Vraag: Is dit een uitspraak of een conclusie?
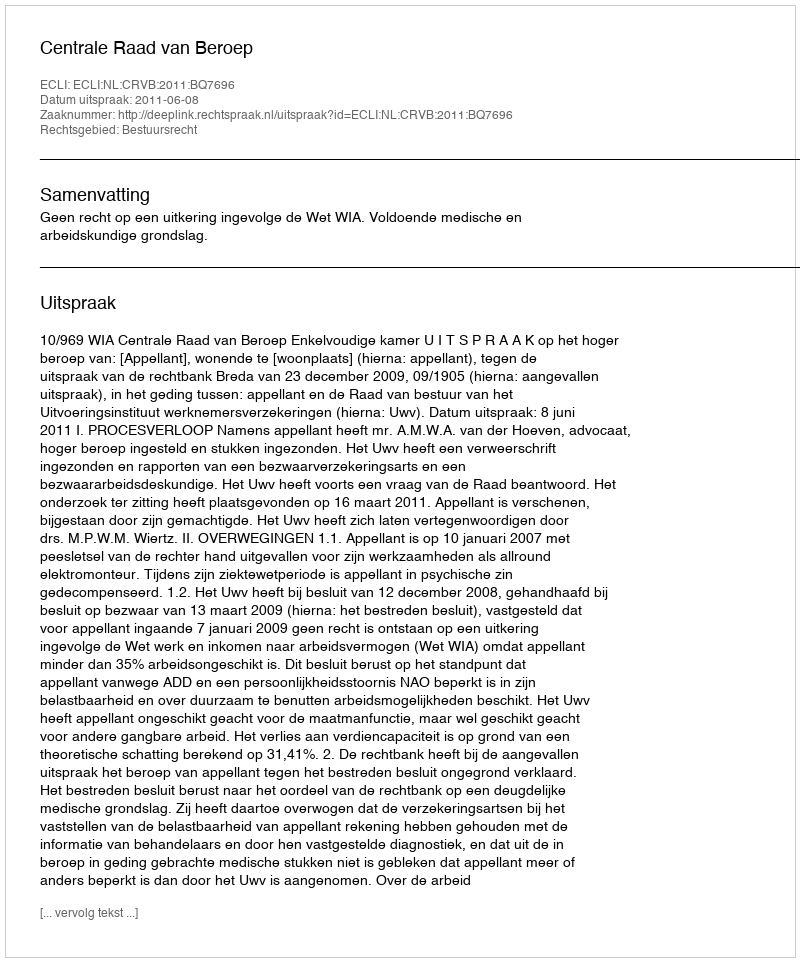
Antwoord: Uitspraak